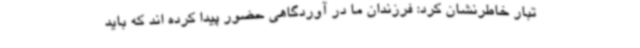
تبار خاطرنشان کرد: فرزندان ما در آوردگاهی حضور پیدا کرده اند که باید